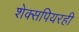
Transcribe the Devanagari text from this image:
शेक्सपियरही